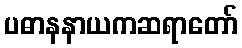
ပဓာနနာယကဆရာတော်